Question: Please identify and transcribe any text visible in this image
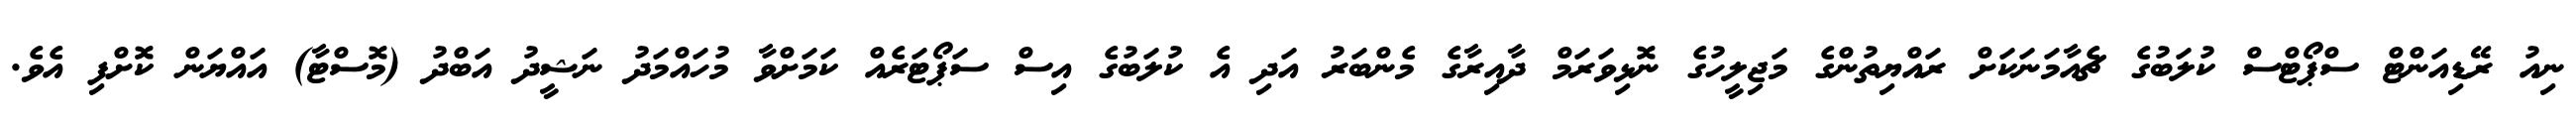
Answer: ނިއު ރޭޑިއަންޓް ސްޕޯޓްސް ކުލަބުގެ ޗެއާމަނަކަށް ރައްޔިތުންގެ މަޖިލީހުގެ ނޮޅިވަރަމް ދާއިރާގެ މެންބަރު އަދި އެ ކުލަބުގެ އިސް ސަޕޯޓަރެއް ކަމަށްވާ މުހައްމަދު ނަޝީދު އަބްދު (މޮސްޓާ) އައްޔަން ކޮށްފި އެވެ.